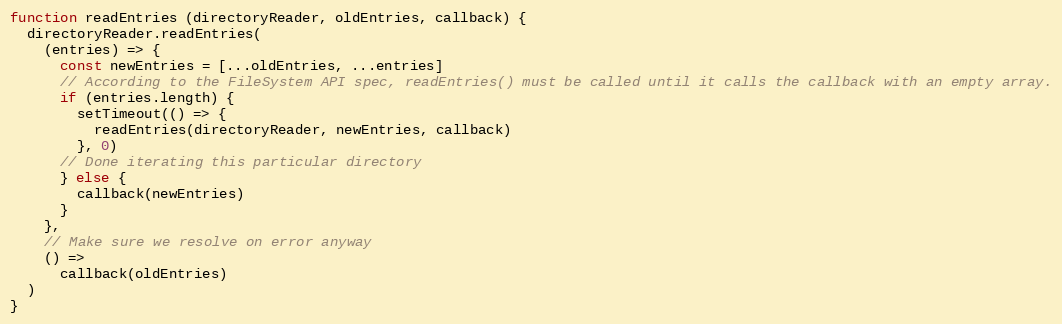
Language: JavaScript
function readEntries (directoryReader, oldEntries, callback) {
  directoryReader.readEntries(
    (entries) => {
      const newEntries = [...oldEntries, ...entries]
      // According to the FileSystem API spec, readEntries() must be called until it calls the callback with an empty array.
      if (entries.length) {
        setTimeout(() => {
          readEntries(directoryReader, newEntries, callback)
        }, 0)
      // Done iterating this particular directory
      } else {
        callback(newEntries)
      }
    },
    // Make sure we resolve on error anyway
    () =>
      callback(oldEntries)
  )
}